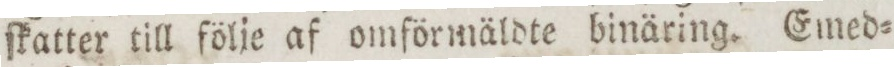
ſkatter till följe af omſörmäldte binäring. Emed=